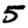
Digit: 5